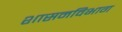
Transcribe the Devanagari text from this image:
शासनविभाग